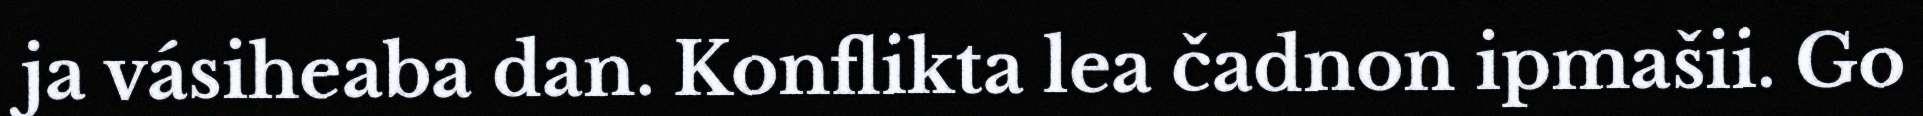
ja vásiheaba dan. Konflikta lea čadnon ipmašii. Go